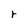
Character: r